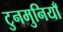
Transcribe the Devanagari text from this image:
टुनमुनियाँ